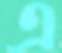
এ